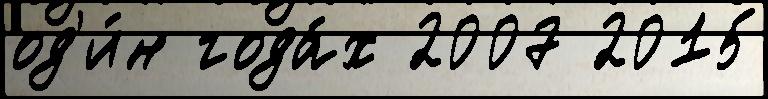
од'и́н года́х 2007 2015